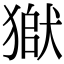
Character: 𤠒